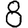
Digit: 8